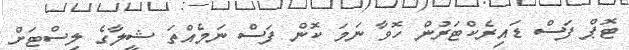
ޓޮޕް ފަސް ޑައިރެކްޓަރުން ހޮވާ ނަމަ ކޮން ފަސް ނަމެއްތަ ޝީލާގެ ލިސްޓަށް